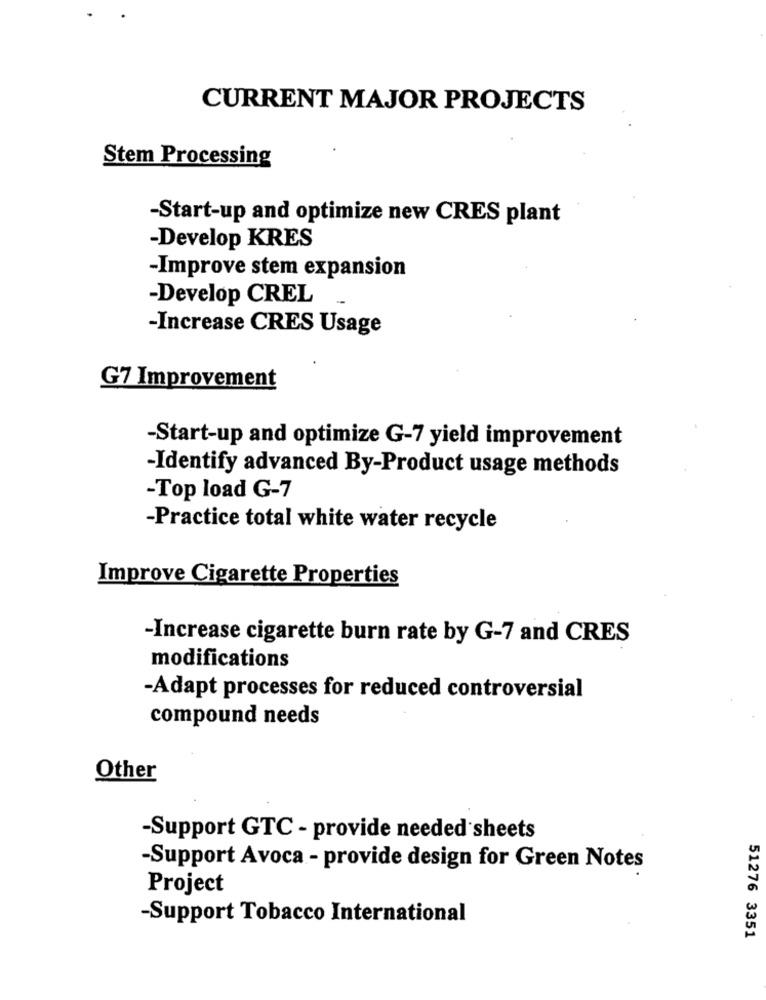
CURRENT MAJOR PROJECTS
Stem Processing
-Start-up and optimize new CRES plant
-Develop KRES
-Improve stem expansion
-Develop CREL.
-Increase CRES Usage
G7 Improvement
-Start-up and optimize G-7 yield improvement
-Identify advanced By-Product usage methods
-Top load G-7
-Practice total white water recycle
Improve Cigarette Properties
-Increase cigarette burn rate by G-7 and CRES
modifications
-Adapt processes for reduced controversial
compound needs
Other
-Support GTC - provide needed sheets
-Support Avoca - provide design for Green Notes
Project
-Support Tobacco International
51276 3351